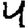
Digit: 4